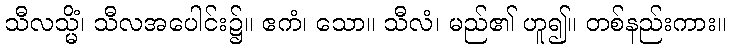
သီလသ္မိံ၊ သီလအပေါင်း၌။ ဧကံ၊ သော။ သီလံ၊ မည်၏ ဟူ၍။ တစ်နည်းကား။